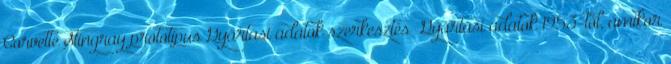
Corvette Stingray prototípus Gyártási adatok szerkesztés Gyártási adatok 1953-tól, amikor